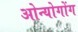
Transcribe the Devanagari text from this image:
ओन्योगोंग